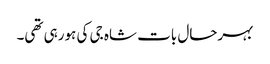
بہرحال بات شاہ جی کی ہورہی تھی۔